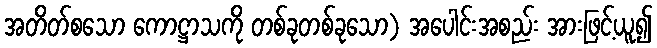
အတိတ်စသော ကောဋ္ဌာသကို တစ်ခုတစ်ခုသော) အပေါင်းအစည်း အားဖြင့်ယူ၍